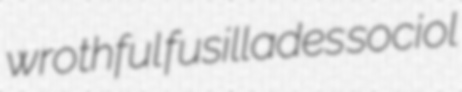
wrothful fusillades sociol